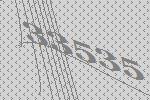
33535